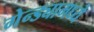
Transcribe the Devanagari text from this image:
गेन्ड्यामध्ये